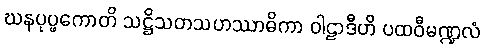
ဃနပုပ္ဖကောတိ သဋ္ဌိသတသဟဿာဓိကာ ဝါဠာဒီဟိ ပထဝီမဏ္ဍလံ